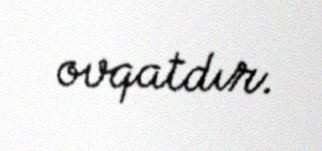
ovqatdır.